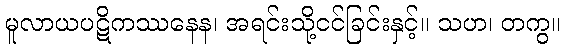
မူလာယပဋိကဿနေန၊ အရင်းသို့ငင်ခြင်းနှင့်။ သဟ၊ တကွ။